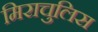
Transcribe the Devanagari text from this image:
मिराचुलिस